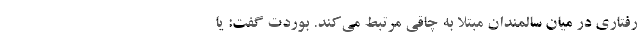
رفتاری در میان سالمندان مبتلا به چاقی مرتبط می‌کند. بوردت گفت: یا